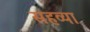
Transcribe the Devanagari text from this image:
सहव्या